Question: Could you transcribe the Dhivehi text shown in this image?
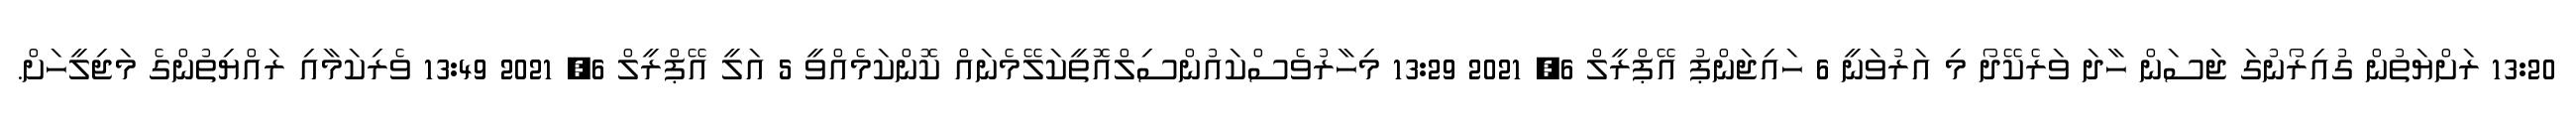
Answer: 13:20 ރަށްޔަތުން ގުއިރޯނުގަ ޖަސަން ހާދަ ވަރެކޭދޯ މި އަރުވަނީ 6 ހައިޖަންޕު އޭޕްރީލް 6, 2021 13:29 މިހާރުވެސްކައުންސިލްއޮތީކަލޭމެނައް ކޮންކަމެއްވީ 5 އަލީ އޭޕްރީލް 6, 2021 13:49 ވެރިކަމާއި ރައްޔިތުންގެ މަޖިލީހަށް.